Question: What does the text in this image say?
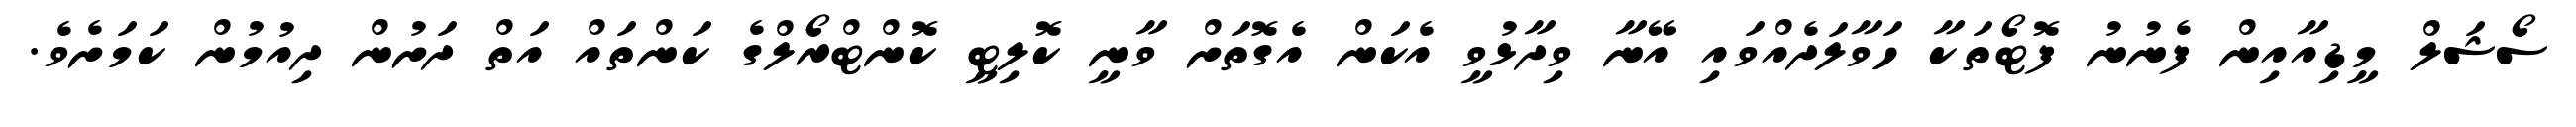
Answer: ސޯޝަލް މީޑިއާއިން ފެނުނު ފޮޓޯތަކާ ހަވާލަދެއްވައި އޭނާ ވިދާޅުވީ އެކަން އެގޮތަށް ވާނީ ކޮލިޓީ ކޮންޓްރޯލްގެ ކަންތައް އަތް ދަށުން ދިއުމުން ކަމަށެވެ.